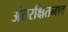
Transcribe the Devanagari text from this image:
अंतरक्षितनाव